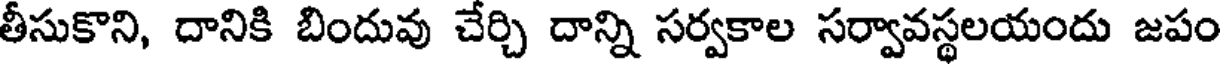
తీసుకొని, దానికి బిందువు చేర్చి దాన్ని సర్వకాల సర్వావస్థలయందు జపం